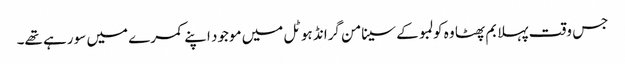
جس وقت پہلا بم پھٹا وہ کولمبو کے سینامن گرانڈ ہوٹل میں موجود اپنے کمرے میں سو رہے تھے۔